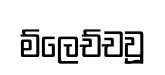
ම්ලෙච්චවූු